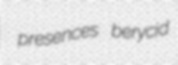
presences berycid